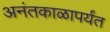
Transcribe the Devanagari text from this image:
अनंतकाळापर्यंत